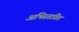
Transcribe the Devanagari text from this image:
अभिस्तावित